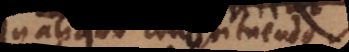
aliquo constituendo